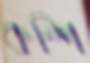
কম্পি